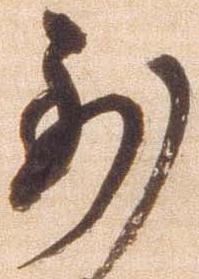
到